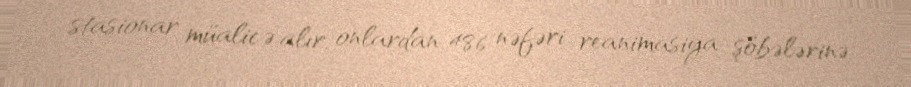
stasionar müalicə alır, onlardan 486 nəfəri reanimasiya şöbələrinə